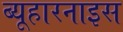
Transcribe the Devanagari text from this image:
ब्यूहारनाइस